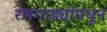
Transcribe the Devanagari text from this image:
रणगाड्यांमधून